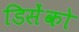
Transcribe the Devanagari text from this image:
डिसेंको